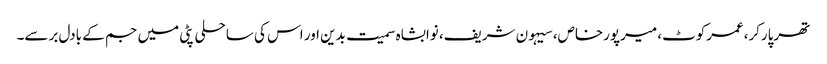
تھرپارکر،عمرکوٹ، میرپورخاص، سیہون شریف، نوابشاہ سمیت بدین اور اس کی ساحلی پٹی میں جم کے بادل برسے۔